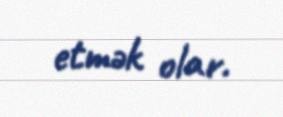
etmək olar.